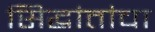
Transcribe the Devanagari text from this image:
सिद्धांतांचा